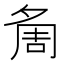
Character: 𭐷